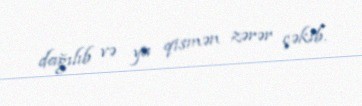
dağılıb və ya qismən zərər çəkib.